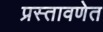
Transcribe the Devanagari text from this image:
प्रस्तावणेत